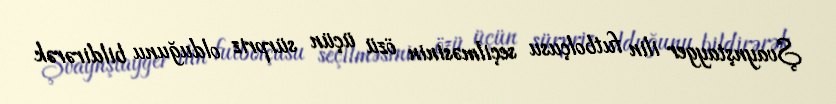
Şvaynştayger ilin futbolçusu seçilməsinin özü üçün sürpriz olduğunu bildirərək